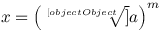
x = \left( { \sqrt [ [object Object] ] { a } } \right) ^ { m }